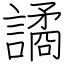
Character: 譎